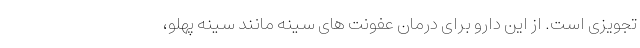
تجویزی است. از این دارو برای درمان عفونت های سینه مانند سینه پهلو،